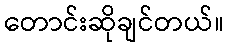
တောင်းဆိုချင်တယ်။